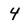
Character: 4